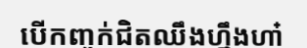
បើកញ្ចក់ជិតឈឹងហ្នឹងហា៎